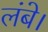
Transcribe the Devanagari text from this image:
लंबे।